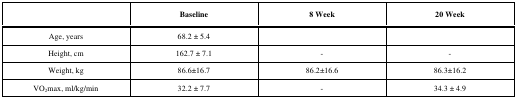
<table><thead><tr><td><b> </b></td><td><b>Baseline</b></td><td><b>8 Week</b></td><td><b>20 Week</b></td></tr></thead><tbody><tr><td>Age, years</td><td>68.2 ± 5.4</td><td> </td><td> </td></tr><tr><td>Height, cm</td><td>162.7 ± 7.1</td><td>-</td><td>-</td></tr><tr><td>Weight, kg</td><td>86.6±16.7</td><td>86.2±16.6</td><td>86.3±16.2</td></tr><tr><td>VO<sub>2</sub>max, ml/kg/min</td><td>32.2 ± 7.7</td><td>-</td><td>34.3 ± 4.9</td></tr></tbody></table>